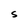
Character: S